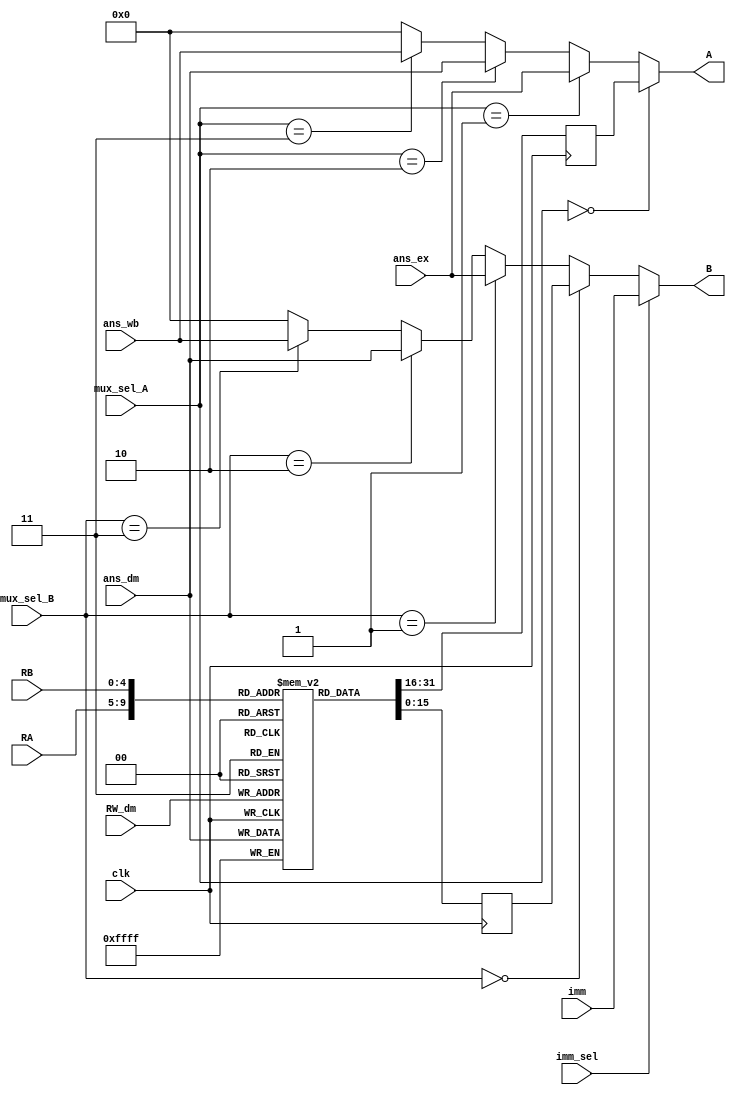
`timescale 1ns / 1ps
//////////////////////////////////////////////////////////////////////////////////
// Company: 
// Engineer: 
// 
// Design Name: 
// Module Name:    register_bank 
// Project Name: 
// Target Devices: 
// Tool versions: 
// Description: 
//
// Dependencies: 
//
// Revision: 
// Revision 0.01 - File Created
// Additional Comments: 
//
//////////////////////////////////////////////////////////////////////////////////
module register_bank(A,B,ans_ex,ans_dm,ans_wb,imm,RA,RB,RW_dm,mux_sel_A,mux_sel_B,imm_sel,clk);

output[15:0] A,B;
input[15:0] ans_ex,ans_dm,ans_wb,imm;
input[4:0] RA,RB,RW_dm;
input[1:0] mux_sel_A,mux_sel_B;
input imm_sel,clk;
reg [15:0] AR,BR;
wire [15:0] B1;
reg[15:0] register_bank[31:0];

assign A=(mux_sel_A==2'b00)?AR:(mux_sel_A==2'b01)?ans_ex:(mux_sel_A==2'b10)?ans_dm:(mux_sel_A==2'b11)?ans_wb:16'b0;
assign B1=(mux_sel_B==2'b00)?BR:(mux_sel_B==2'b01)?ans_ex:(mux_sel_B==2'b10)?ans_dm:(mux_sel_B==2'b11)?ans_wb:16'b0;
assign B=(imm_sel==1'b1)?imm:B1;

always@ (posedge clk)
begin
register_bank[RW_dm]<=ans_dm;
AR<=register_bank[RA];
BR<=register_bank[RB]; 
end

endmodule